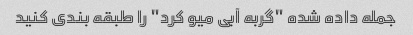
جمله داده شده "گربه آبی میو کرد" را طبقه بندی کنید